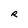
Character: R